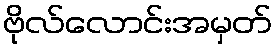
ဗိုလ်လောင်းအမှတ်